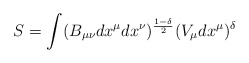
\begin{align*} S=\int(B_{\mu\nu}dx^\mu dx^\nu)^{\frac{1-\delta}{2}}(V_\mu dx^\mu)^\delta\end{align*}